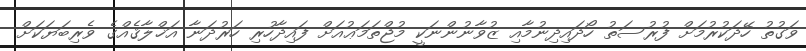
ވަގުތު ހޭދަކުރުމަށް ފުރުސަތު ހޯދައިދިނުމާއި ޒުވާނުންނަކީ މުޖްތަމަޢުއަށް ފައިދާހުރި ހަރުދަނާ އަޚްލާޤެއްގެ ވެރިބަޔަކަށް